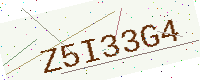
Text: Z5I33G4